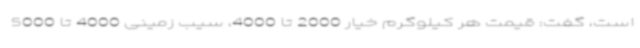
است، گفت: قیمت هر کیلوگرم خیار 2000 تا 4000، سیب زمینی 4000 تا 5000